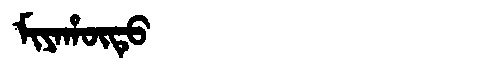
Manchu: ᠮᡳᠶᠠᡥᡡᡨᡠ
Romanization: MIYAHŪTU